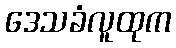
ဒေသခံလူထုက